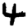
Digit: 4